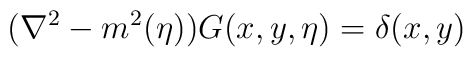
({\nabla}^2 - m^2(\eta))G(x,y,\eta)=\delta(x,y)